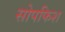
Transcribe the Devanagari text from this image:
सोपफिश